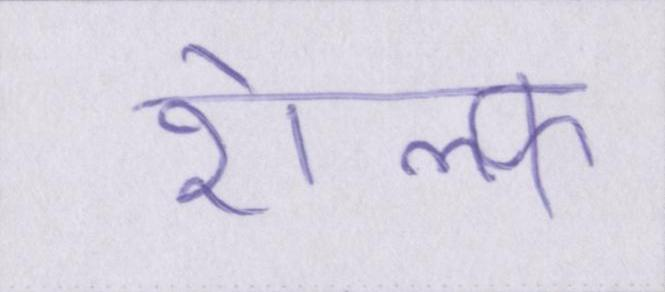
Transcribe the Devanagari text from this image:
शेल्फ